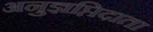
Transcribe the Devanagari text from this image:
अनुज्ञप्तिदाता